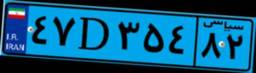
۸۷D۷۶۸۶۸